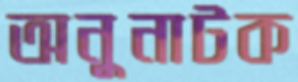
অনুনাটক